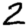
Digit: 2